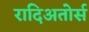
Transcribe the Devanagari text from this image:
रादिअतोर्स